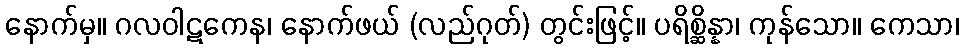
နောက်မှ။ ဂလဝါဋကေန၊ နောက်ဖယ် (လည်ဂုတ်) တွင်းဖြင့်။ ပရိစ္ဆိန္နာ၊ ကုန်သော။ ကေသာ၊